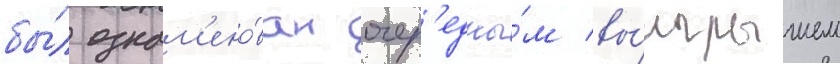
бы́л ознам'ено́ван очер'едны́м вы́игрышем